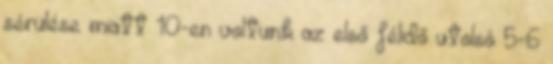
sérülése miatt 10-en voltunk az első félidő utolsó 5-6